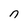
Character: n